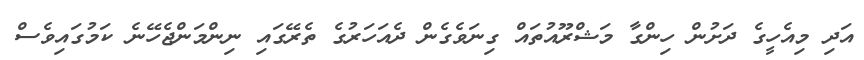
އަދި މިއެހީގެ ދަށުން ހިންގާ މަޝްރޫއުތައް ގިނަވެގެން ދެއަހަރުގެ ތެރޭގައި ނިންމަންޖެހޭނެ ކަމުގައިވެސް